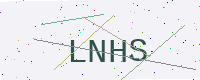
Text: LNHS